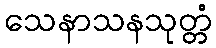
သေနာသနသုတ္တံ